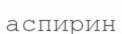
аспирин